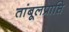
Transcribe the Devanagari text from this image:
तांबूलप्राप्ति